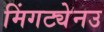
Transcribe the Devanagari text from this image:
मिंगट्येनउ